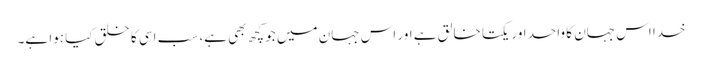
خدا اس جہان کا واحد اور یکتا خالق ہے اور اس جہان میں جو کچھ بھی ہے، سب اسی کا خلق کیا ہوا ہے۔